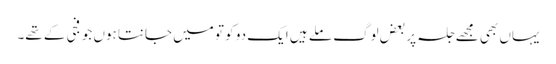
یہاں بھی مجھے جلسہ پر بعض لوگ ملے ہیں ایک دو کو تو میں جانتا ہوں جو فجی کے تھے۔